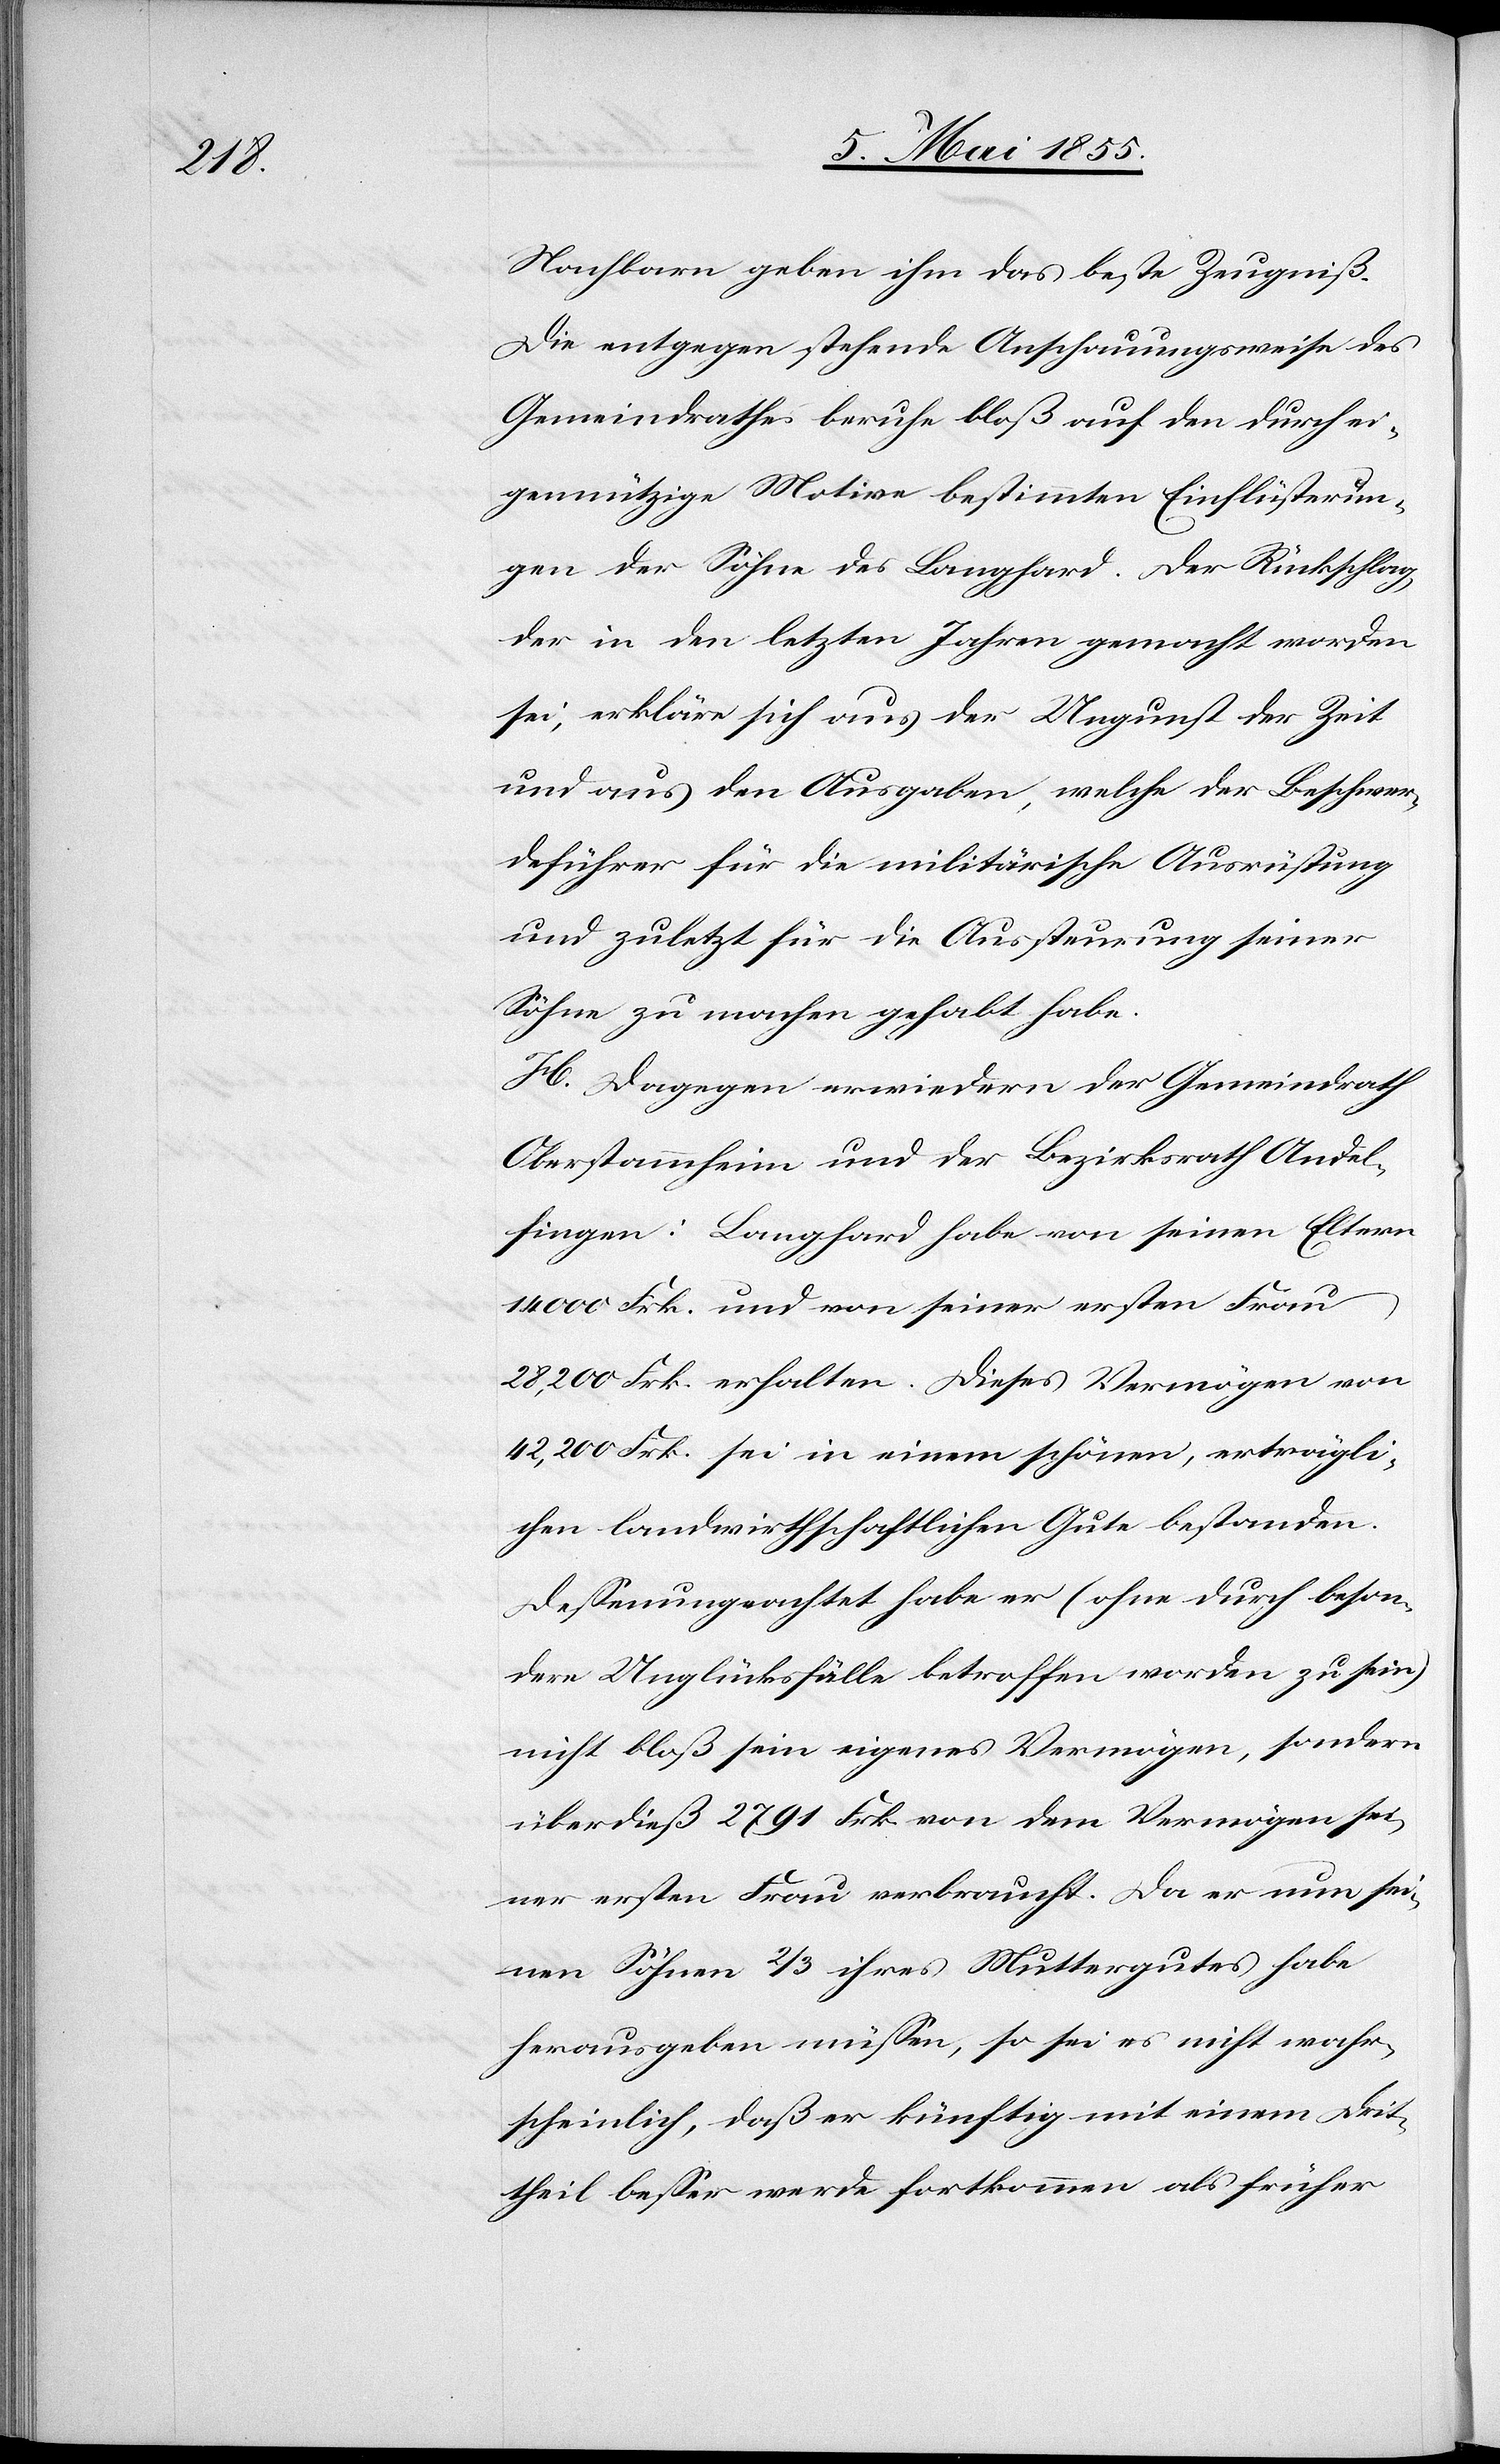
Nachbarn geben ihm das beste Zeugniß.
Die entgegen stehende Anschauungsweise des
Gemeindrathes beruhe bloß auf den durch ei¬
gennützige Motive bestimmten Einflüsterun¬
gen der Söhne des Langhard. Der Rückschlag,
der in den letzten Jahren gemacht worden
sei, erkläre sich aus der Ungunst der Zeit
und aus den Ausgaben, welche der Beschwer¬
deführer für die militärische Ausrüstung
und zuletzt für die Aussteurung seiner
Söhne zu machen gehabt habe.
H. Dagegen erwiedern der Gemeindrath
Oberstammheim und der Bezirksrath Andel¬
fingen: Langhard habe von seinen Eltern
14 000 Frk. und von seiner ersten Frau
28,200 Frk. erhalten. Dieses Vermögen von
42,200 Frk. sei in einem schönen, erträgli¬
chen landwirthschaftlichen Gute bestanden.
Dessenungeachtet habe er (ohne durch beson¬
dere Unglücksfälle betroffen worden zu sein)
nicht bloß sein eigenes Vermögen, sondern
überdieß 2791 Frk. von dem Vermögen sei¬
ner ersten Frau verbraucht. Da er nun sei¬
nen Söhnen 2/3 ihres Muttergutes habe
herausgeben müssen, so sei es nicht wahr¬
scheinlich, daß er künftig mit einem Drit¬
theil besser werde fortkommen als früher